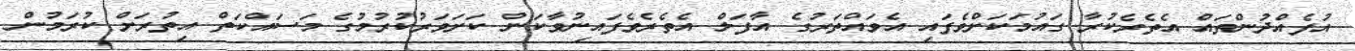
އުފެއްދުންތައް އެތެރެކުރާ ގައުމަކަށްވެފައި އެވައްތަރުގެ އާފަލް އެތެރެވެފައިނުވާކަން ކަށަވަރުކުރުމުގެ މަސައްކަތް އިތުރަށް ކުރަމުން